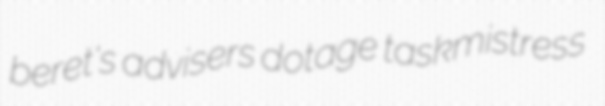
beret's advisers dotage taskmistress